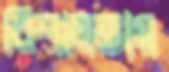
বিশালতায়